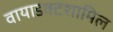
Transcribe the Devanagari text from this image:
वायाडक्टशामिल